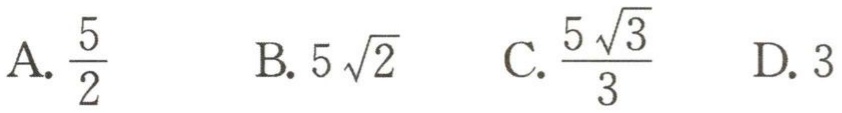
A. $\frac{5}{2}$  B. $5\sqrt{2}$  C. $\frac{5\sqrt{3}}{3}$  D. $3$